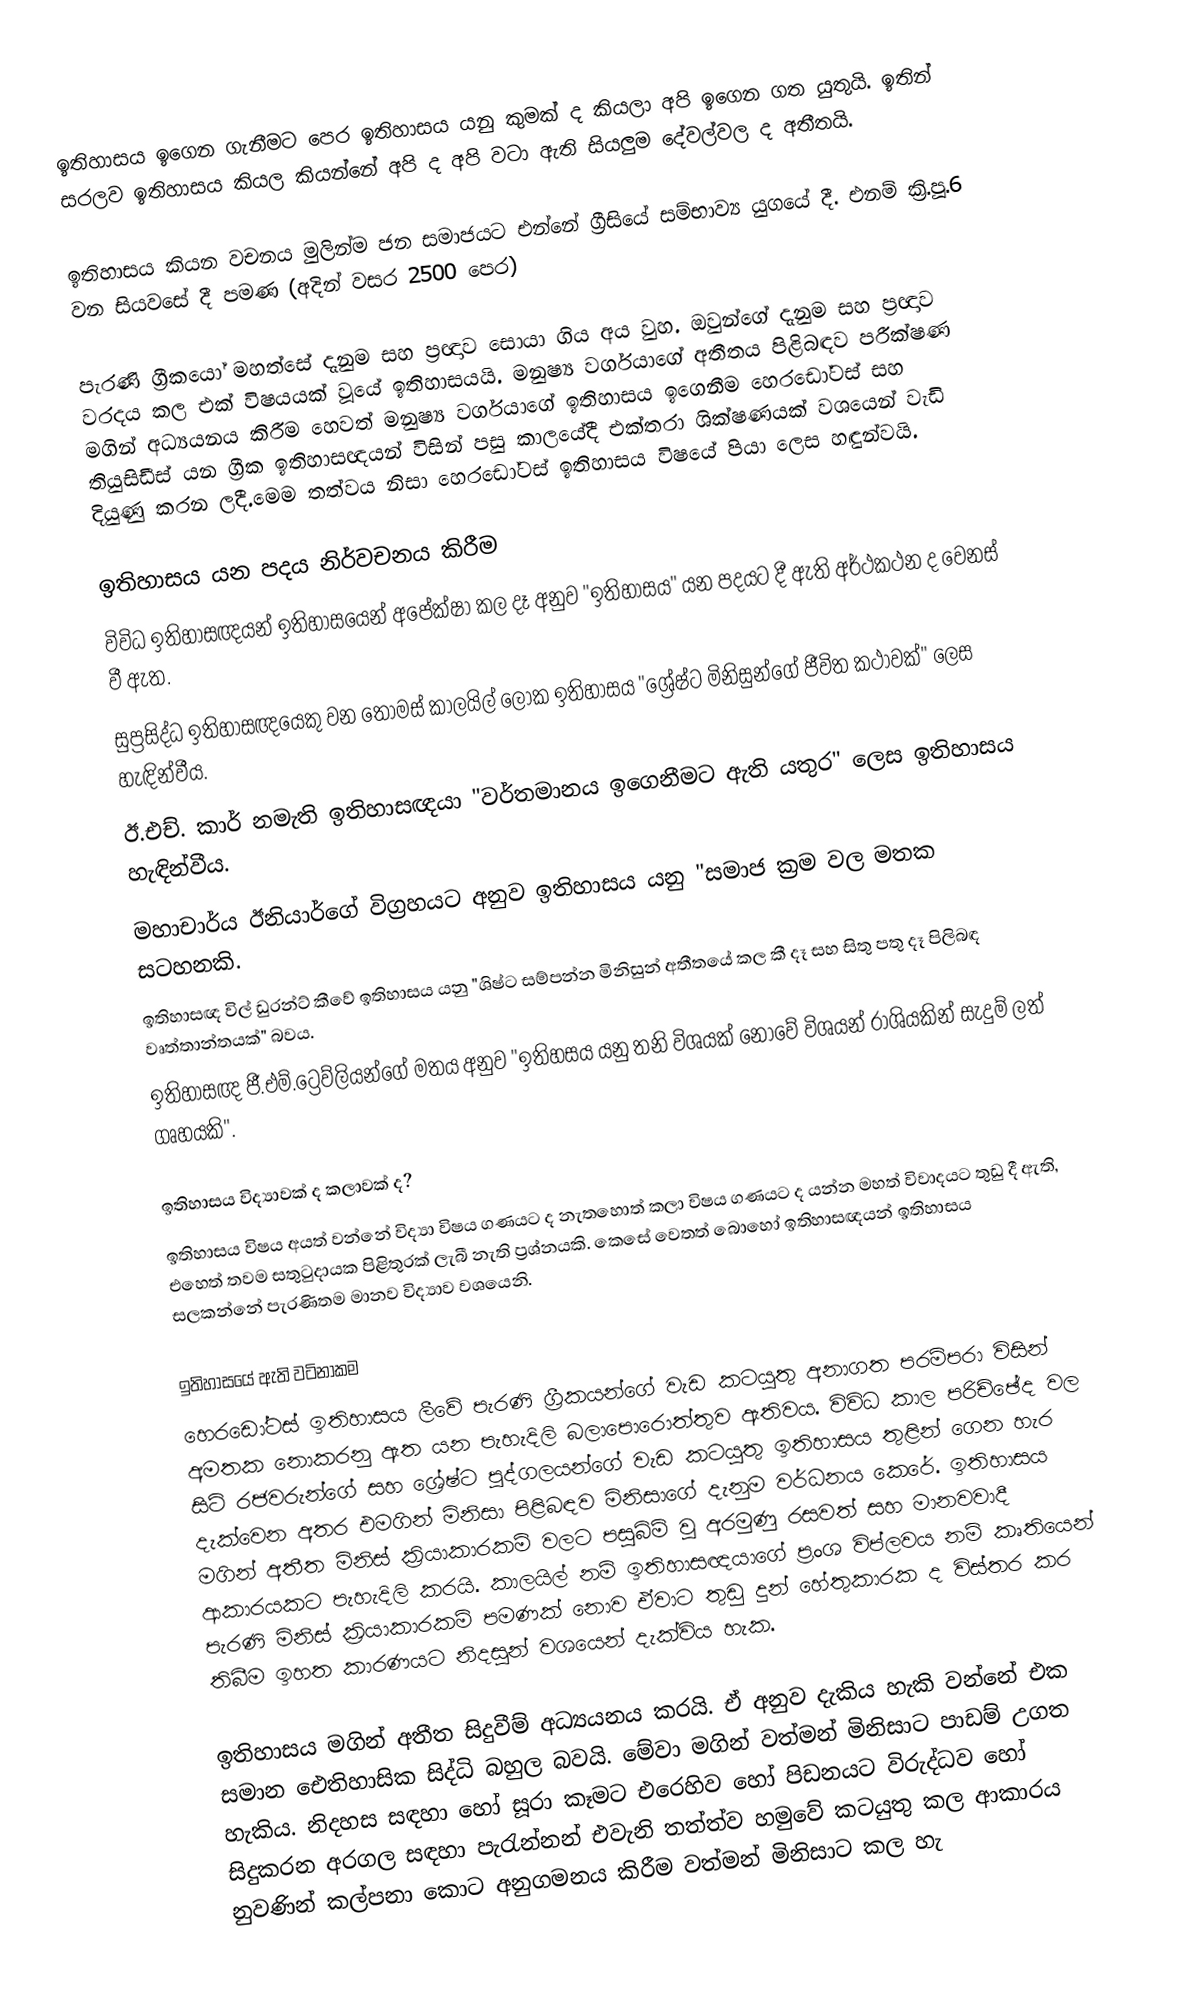
ඉතිහාසය ඉගෙන ගැනීමට පෙර ඉතිහාසය යනු කුමක් ද කියලා අපි ඉගෙන ගත යුතුයි. ඉතින් සරලව ඉතිහාසය කියල කියන්නේ අපි ද අපි වටා ඇති සියලුම දේවල්වල ද අතීතයි.

ඉතිහාසය කියන වචනය මුලින්ම ජන සමාජයට එන්නේ ග්‍රීසියේ සම්භාව්‍ය යුගයේ දී. එනම් ක්‍රි.පූ.6 වන සියවසේ දී පමණ (අදින් වසර 2500 පෙර)

පැරණි ග්‍රීකයෝ මහත්සේ දැනුම සහ ප්‍රඥාව සොයා ගිය අය වුහ. ඔවුන්ගේ දැනුම සහ ප්‍රඥාව වරදය කල එක් විෂයයක් වූයේ ඉතිහාසයයි. මනුෂ්‍ය වර්ගයාගේ අතීතය පිළිබඳව පරීක්ෂණ මගින් අධ්‍යයනය කිරීම හෙවත් මනුෂ්‍ය වර්ගයාගේ ඉතිහාසය ඉගෙනීම හෙරඩෝටස් සහ තියුසිඩීස් යන ග්‍රීක ඉතිහාසඥයන් විසින් පසු කාලයේදී එක්තරා ශික්ෂණයක් වශයෙන් වැඩි දියුණු කරන ලදී.මෙම තත්වය නිසා හෙරඩෝටස් ඉතිහාසය විෂයේ පියා ලෙස හඳුන්වයි.

ඉතිහාසය යන පදය නිර්වචනය කිරීම
විවිධ ඉතිහාසඥයන් ඉතිහාසයෙන් අපේක්ෂා කල දෑ අනුව "ඉතිහාසය" යන පදයට දී ඇති අර්ථකථන ද වෙනස් වී ඇත.
සුප්‍රසිද්ධ ඉතිහාසඥයෙකු වන තෝමස් කාලයිල් ලෝක ඉතිහාසය "ශ්‍රේෂ්ට මිනිසුන්ගේ ජීවිත කථාවක්" ලෙස හැඳින්වීය.
ඊ.එච්. කාර් නමැති ඉතිහාසඥයා "වර්තමානය ඉගෙනීමට ඇති යතුර" ලෙස ඉතිහාසය හැඳින්වීය.
මහාචාර්ය ඊනියාර්ගේ විග්‍රහයට අනුව ඉතිහාසය යනු "සමාජ ක්‍රම වල මතක සටහනකි.
ඉතිහාසඥ විල් ඩුරන්ට් කීවේ ඉතිහාසය යනු "ශිෂ්ට සම්පන්න මිනිසුන් අතීතයේ කල කී දෑ සහ සිතු පතු දෑ පිලිබඳ වෘත්තාන්තයක්" බවය.
ඉතිහාසඥ ජී.එම්.ට්‍රෙව්ලියන්ගේ මතය අනුව "ඉතිහසය යනු තනි විශයක් නොවේ විශයන් රාශියකින් සැදුම් ලත් ගෘහයකි".

ඉතිහාසය විද්‍යාවක් ද කලාවක් ද?
ඉතිහාසය විෂය අයත් වන්නේ විද්‍යා විෂය ගණයට ද නැතහොත් කලා විෂය ගණයට ද යන්න මහත් විවාදයට තුඩු දී ඇති, එහෙත් තවම සතුටුදායක පිළිතුරක් ලැබී නැති ප්‍රශ්නයකි. කෙසේ වෙතත් බොහෝ ඉතිහාසඥයන් ඉතිහාසය සලකන්නේ පැරණිතම මානව විද්‍යාව වශයෙනි.

ඉතිහාසයේ ඇති වටිනාකම
හෙරඩෝටස් ඉතිහාසය ලීවේ පැරණි ග්‍රීකයන්ගේ වැඩ කටයුතු අනාගත පරම්පරා විසින් අමතක නොකරනු ඇත යන පැහැදිලි බලාපොරොත්තුව ඇතිවය. විවිධ කාල පරිච්ඡේද වල සිටි රජවරුන්ගේ සහ ශ්‍රේෂ්ට පුද්ගලයන්ගේ වැඩ කටයුතු ඉතිහාසය තුළින් ගෙන හැර දැක්වෙන අතර එමගින් මිනිසා පිළිබඳව මිනිසාගේ දැනුම වර්ධනය කෙරේ. ඉතිහාසය මගින් අතීත මිනිස් ක්‍රියාකාරකම් වලට පසුබිම් වූ අරමුණු රසවත් සහ මානවවාදී ආකාරයකට පැහැදිලි කරයි. කාලයිල් නම් ඉතිහාසඥයාගේ ප්‍රංශ විප්ලවය නම් කෘතියෙන් පැරණි මිනිස් ක්‍රියාකාරකම් පමණක් නොව ඒවාට තුඩු දුන් හේතුකාරක ද විස්තර කර තිබීම ඉහත කාරණයට නිදසුන් වශයෙන් දැක්විය හැක.

ඉතිහාසය මගින් අතීත සිදුවීම් අධ්‍යයනය කරයි. ඒ අනුව දැකිය හැකි වන්නේ එක සමාන ඓතිහාසික සිද්ධි බහුල බවයි. මේවා මගින් වත්මන් මිනිසාට පාඩම් උගත හැකිය. නිදහස සඳහා හෝ සූරා කෑමට එරෙහිව හෝ පිඩනයට විරුද්ධව හෝ සිදුකරන අරගල සඳහා පැරැන්නන් එවැනි තත්ත්ව හමුවේ කටයුතු කල ආකාරය නුවණින් කල්පනා කොට අනුගමනය කිරීම වත්මන් මිනිසාට කල හැ